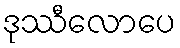
ဒုဿီလောပေ